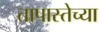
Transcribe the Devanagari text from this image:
तापास्तेच्या